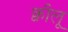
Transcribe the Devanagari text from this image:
क्वीलू